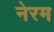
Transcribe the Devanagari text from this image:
नेरम